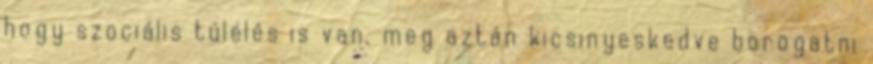
hogy szociális túlélés is van. meg aztán kicsinyeskedve borogatni